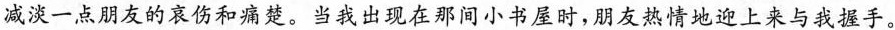
减淡一点朋友的哀伤和痛楚。当我出现在那间小书屋时，朋友热情地迎上来与我握手。